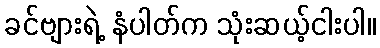
ခင်ဗျားရဲ့ နံပါတ်က သုံးဆယ့်ငါးပါ။